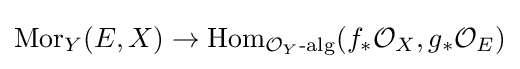
\operatorname {Mor} _{Y}(E,X)\to \operatorname {Hom} _{{\mathcal {O}}_{Y}{\text{-alg}}}(f_{*}{\mathcal {O}}_{X},g_{*}{\mathcal {O}}_{E})